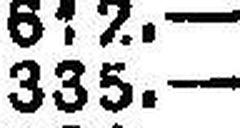
335.—